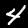
Digit: 4